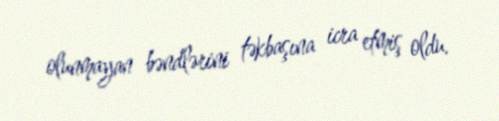
olunmayan bəndlərini təkbaşına icra etmiş oldu.